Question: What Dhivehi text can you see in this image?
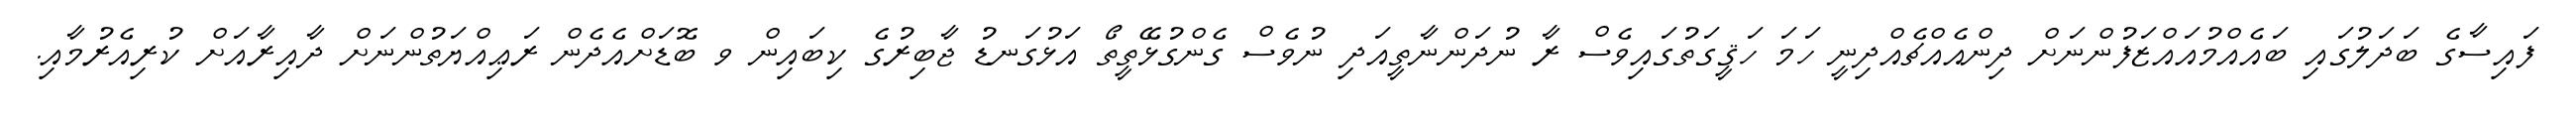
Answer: ފައިސާގެ ބަދަލުގައި ބައެއްމުއައްޒަފުންނަށް ދިންއެއްޗެއްދިނީ ހަމަ ހަޤީގަތުގައިވެސް ރާ ނުދަންނާތީއަދި ނުވެސް ގެންގުޅޭތީތޯ އަޅުގަނޑު ޖާބިރުގެ ކިބައިން ވ ބޮޑަށްއެދެން ރަޢިއްޔަތުންނަށް ދާއިރާއަށް ކުރިއެރުމާއި.